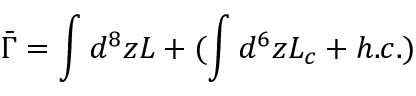
\bar { \Gamma } = \int d ^ { 8 } z L + ( \int d ^ { 6 } z { \cal L } _ { c } + h . c . )